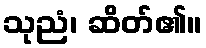
သုညံ၊ ဆိတ်၏။